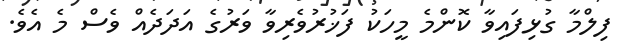
ފިލްމާ ގުޅިފައިވާ ކޮންމެ މީހަކު ފަޚުރުވެރިވާ ވަރުގެ އަދަދެއް ވެސް މެ އެވެ.